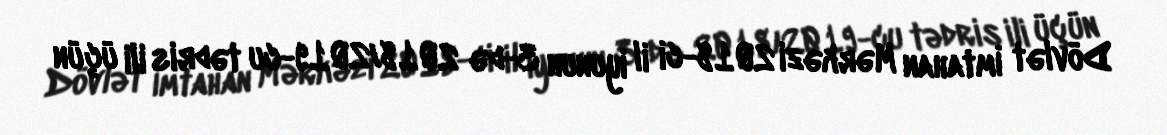
Dövlət İmtahan Mərkəzi 2018-ci il iyunun 3-də 2018/2019-cu tədris ili üçün